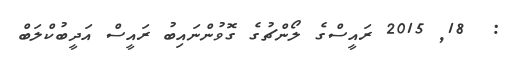
:  18